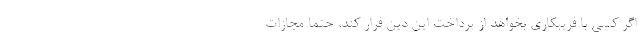
اگر کسی با فریبکاری بخواهد از پرداخت این دِین فرار کند، حتماً مجازات